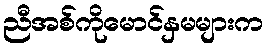
ညီအစ်ကိုမောင်နှမများက